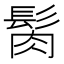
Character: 𩬳